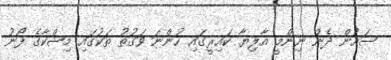
ސައުން ދެން ނިންމީ އާލިޔާ ކައިރީގައި ހުންނަ ވަގުތު ތަކުގައި މިޝްކާގެ ފޯނު